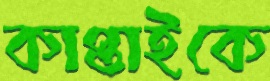
কাপ্তাইকে